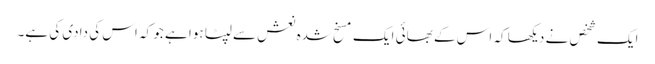
ایک شخص نے دیکھا کہ اس کے بھائی ایک مسخ شدہ نعش سے لپٹا ہوا ہے جو کہ اس کی دادی کی ہے۔